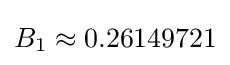
B_{1}\approx 0.26149721